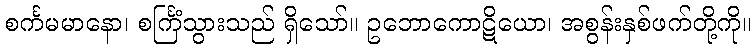
စင်္ကမမာနော၊ စင်္ကြံသွားသည် ရှိသော်။ ဥဘောကောဋိယော၊ အစွန်းနှစ်ဖက်တို့ကို။